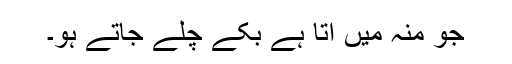
جو منہ میں آتا ہے بکے چلے جاتے ہو۔